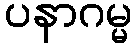
ပနာဂမ္မ